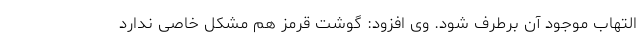
التهاب موجود آن برطرف شود. وی افزود: گوشت قرمز هم مشکل خاصی ندارد